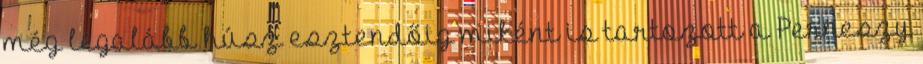
még legalább húsz esztendőig miként is tartozott a Perneszy